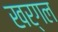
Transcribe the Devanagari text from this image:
खर्गल